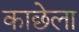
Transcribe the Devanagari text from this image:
काछेला